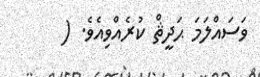
ވަސައްލަމަ ޙަދީޘް ކުރެއްވިއެވެ. (